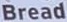
Bread